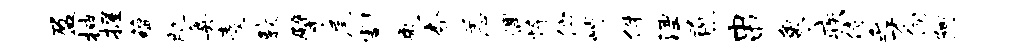
盈抽握蕴肌奥麦敦擘尾割兔杏恙偶悴伫峭件湮煎串象疾侍乏才伺阿